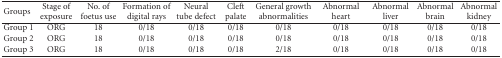
<table><thead><tr><td><b> Groups</b></td><td><b>Stage of exposure</b></td><td><b>No. of foetus use</b></td><td><b>Formation of digital rays</b></td><td><b>Neural tube defect</b></td><td><b>Cleft palate</b></td><td><b>General growth abnormalities</b></td><td><b>Abnormal heart</b></td><td><b>Abnormal liver</b></td><td><b>Abnormal brain</b></td><td><b>Abnormal kidney</b></td></tr></thead><tbody><tr><td>Group 1</td><td>ORG</td><td>18</td><td>0/18</td><td>0/18</td><td>0/18</td><td>0/18</td><td>0/18</td><td>0/18</td><td>0/18</td><td>0/18</td></tr><tr><td>Group 2</td><td>ORG</td><td>18</td><td>0/18</td><td>0/18</td><td>0/18</td><td>0/18</td><td>0/18</td><td>0/18</td><td>0/18</td><td>0/18</td></tr><tr><td>Group 3</td><td>ORG</td><td>18</td><td>0/18</td><td>0/18</td><td>0/18</td><td>2/18</td><td>0/18</td><td>0/18</td><td>0/18</td><td>0/18</td></tr></tbody></table>